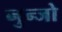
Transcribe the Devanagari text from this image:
नुन्जो